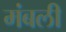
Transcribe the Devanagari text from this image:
मंबली